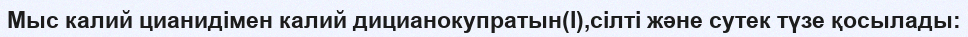
Мыс калий цианидімен калий дицианокупратын(I),сілті және сутек түзе қосылады: